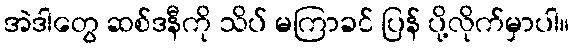
အဲဒါတွေ ဆစ်ဒနီကို သိပ် မကြာခင် ပြန် ပို့လိုက်မှာပါ။